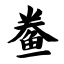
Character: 鲞